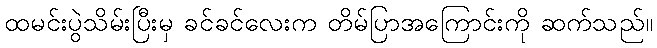
ထမင်းပွဲသိမ်းပြီးမှ ခင်ခင်လေးက တိမ်ပြာအကြောင်းကို ဆက်သည်။